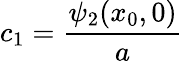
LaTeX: c_{1}={\frac{\psi_{2}(x_{0},0)}{a}}